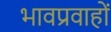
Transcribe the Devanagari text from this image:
भावप्रवाहों